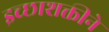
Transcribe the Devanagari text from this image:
इच्छाशक्तीने